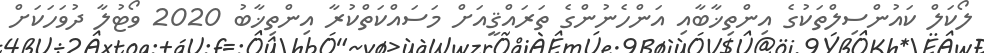
ލޯކަލް ކައުންސިލްތަކުގެ އިންތިޚާބާއި އަންހެނުންގެ ތަރައްޤީއަށް މަސައްކަތްކުރާ އިންތިޚާބު 2020 ވޯޓުލާ ދުވަހަކަށް